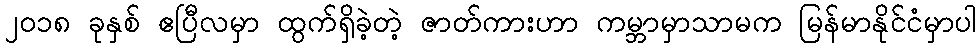
၂၀၁၈ ခုနှစ် ဧပြီလမှာ ထွက်ရှိခဲ့တဲ့ ဇာတ်ကားဟာ ကမ္ဘာမှာသာမက မြန်မာနိုင်ငံမှာပါ